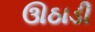
ઊઠાડી